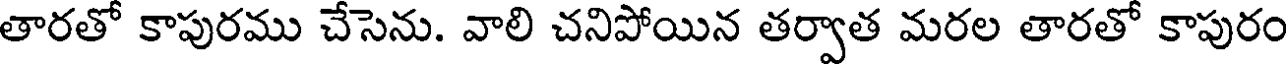
తారతో కాపురము చేసెను. వాలి చనిపోయిన తర్వాత మరల తారతో కాపురం